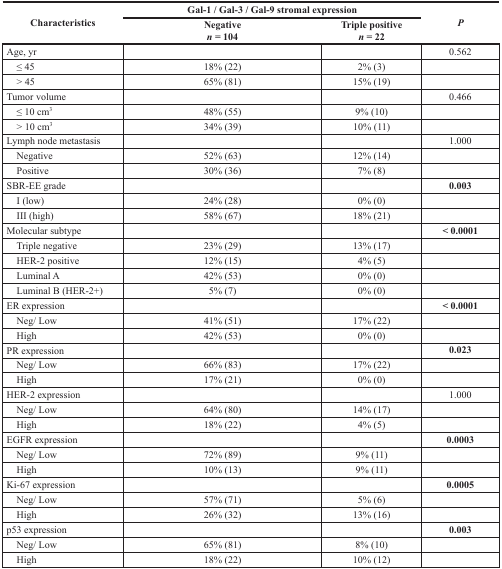
<table><thead><tr><td rowspan="2"><b>Characteristics</b></td><td colspan="2"><b>Gal-1 / Gal-3 / Gal-9 stromal expression</b></td><td rowspan="2"><b><i>P</i></b></td></tr><tr><td><b>Negative <i>n</i> = 104</b></td><td><b>Triple positive <i>n</i> = 22</b></td></tr></thead><tbody><tr><td>Age, yr</td><td></td><td></td><td>0.562</td></tr><tr><td> ≤ 45</td><td>18% (22)</td><td>2% (3)</td><td></td></tr><tr><td> &gt; 45</td><td>65% (81)</td><td>15% (19)</td><td></td></tr><tr><td>Tumor volume</td><td></td><td></td><td>0.466</td></tr><tr><td> ≤ 10 cm<sup>3</sup></td><td>48% (55)</td><td>9% (10)</td><td></td></tr><tr><td> &gt; 10 cm<sup>3</sup></td><td>34% (39)</td><td>10% (11)</td><td></td></tr><tr><td>Lymph node metastasis</td><td></td><td></td><td>1.000</td></tr><tr><td> Negative</td><td>52% (63)</td><td>12% (14)</td><td></td></tr><tr><td> Positive</td><td>30% (36)</td><td>7% (8)</td><td></td></tr><tr><td>SBR-EE grade</td><td></td><td></td><td><b>0.003</b></td></tr><tr><td> I (low)</td><td>24% (28)</td><td>0% (0)</td><td></td></tr><tr><td> III (high)</td><td>58% (67)</td><td>18% (21)</td><td></td></tr><tr><td>Molecular subtype</td><td></td><td></td><td><b>&lt; 0.0001</b></td></tr><tr><td> Triple negative</td><td>23% (29)</td><td>13% (17)</td><td></td></tr><tr><td> HER-2 positive</td><td>12% (15)</td><td>4% (5)</td><td></td></tr><tr><td> Luminal A</td><td>42% (53)</td><td>0% (0)</td><td></td></tr><tr><td> Luminal B (HER-2+)</td><td>5% (7)</td><td>0% (0)</td><td></td></tr><tr><td>ER expression</td><td></td><td></td><td><b>&lt; 0.0001</b></td></tr><tr><td> Neg/Low</td><td>41% (51)</td><td>17% (22)</td><td></td></tr><tr><td> High</td><td>42% (53)</td><td>0% (0)</td><td></td></tr><tr><td>PR expression</td><td></td><td></td><td><b>0.023</b></td></tr><tr><td> Neg/Low</td><td>66% (83)</td><td>17% (22)</td><td></td></tr><tr><td> High</td><td>17% (21)</td><td>0% (0)</td><td></td></tr><tr><td>HER-2 expression</td><td></td><td></td><td>1.000</td></tr><tr><td> Neg/Low</td><td>64% (80)</td><td>14% (17)</td><td></td></tr><tr><td> High</td><td>18% (22)</td><td>4% (5)</td><td></td></tr><tr><td>EGFR expression</td><td></td><td></td><td><b>0.0003</b></td></tr><tr><td> Neg/Low</td><td>72% (89)</td><td>9% (11)</td><td></td></tr><tr><td> High</td><td>10% (13)</td><td>9% (11)</td><td></td></tr><tr><td>Ki-67 expression</td><td></td><td></td><td><b>0.0005</b></td></tr><tr><td> Neg/Low</td><td>57% (71)</td><td>5% (6)</td><td></td></tr><tr><td> High</td><td>26% (32)</td><td>13% (16)</td><td></td></tr><tr><td>p53 expression</td><td></td><td></td><td><b>0.003</b></td></tr><tr><td> Neg/Low</td><td>65% (81)</td><td>8% (10)</td><td></td></tr><tr><td> High</td><td>18% (22)</td><td>10% (12)</td><td></td></tr></tbody></table>